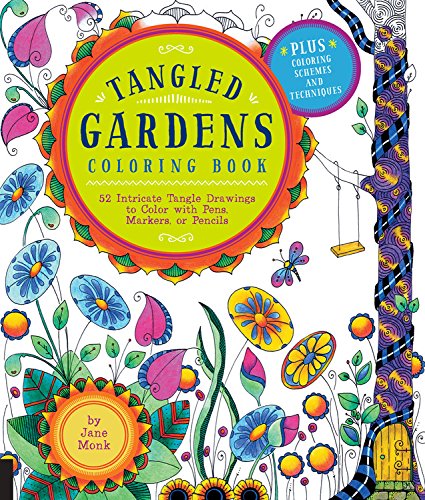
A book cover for Tangled Gardens Coloring Book: 52 Intricate Tangle Drawings to Color with Pens, Markers, or Pencils; Jane Monk; Arts & Photography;